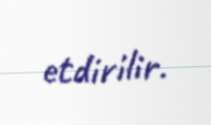
etdirilir.